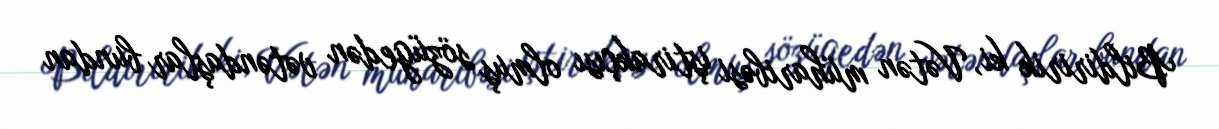
Bildiririk ki, Vətən müharibəsi iştirakçısı olmuş sözügedən vətəndaşlar bundan